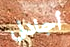
أجادل